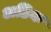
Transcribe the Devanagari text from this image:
अडिक